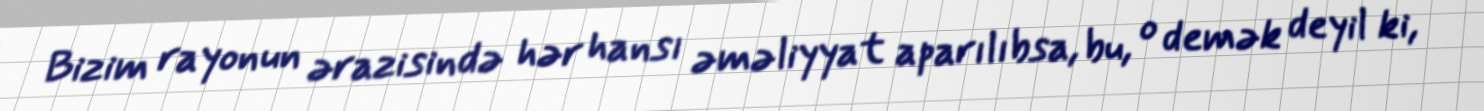
Bizim rayonun ərazisində hər hansı əməliyyat aparılıbsa, bu, o demək deyil ki,